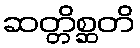
ဆတ္တိစ္ဆတိ